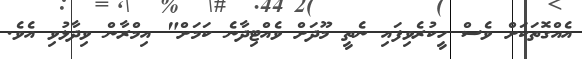
އެއްގޮތަކަށް ވެސް ހީކުރެވިފައި ނެތީ މޫދަށް ވެއްޓިދާނެ ކަމަށް" އިމްރާން ވިދާޅުވި އެވެ.